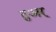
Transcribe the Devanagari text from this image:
तुअर्